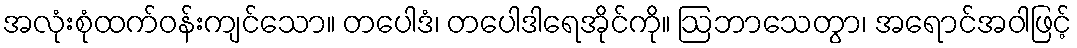
အလုံးစုံထက်ဝန်းကျင်သော။ တပေါဒံ၊ တပေါဒါရေအိုင်ကို။ ဩဘာသေတွာ၊ အရောင်အဝါဖြင့်